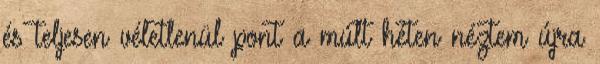
és teljesen véletlenül pont a múlt héten néztem újra